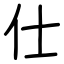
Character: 仕